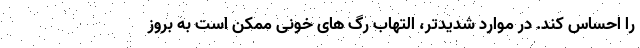
را احساس کند. در موارد شدیدتر، التهاب رگ های خونی ممکن است به بروز